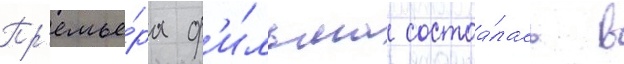
Пр'емье́ра ф'и́льма состоа́лась в